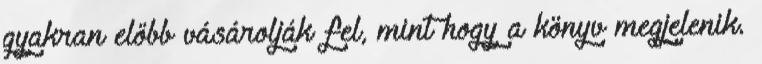
gyakran előbb vásárolják fel, mint hogy a könyv megjelenik.